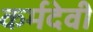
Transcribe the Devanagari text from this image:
कर्मदेवी